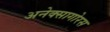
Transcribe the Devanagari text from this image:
अनेक्सागोरस